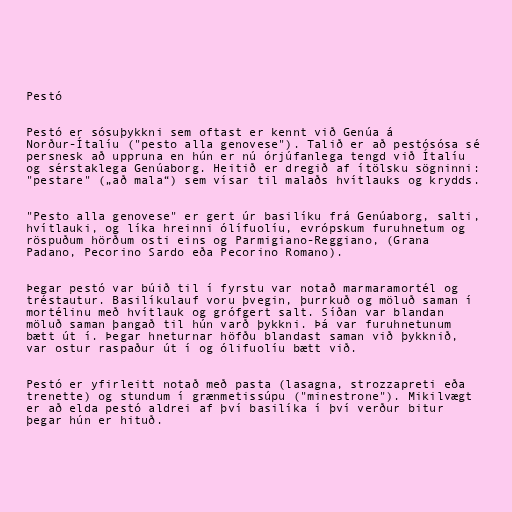
Pestó

Pestó er sósuþykkni sem oftast er kennt við Genúa á
Norður-Ítalíu ("pesto alla genovese"). Talið er að pestósósa sé
persnesk að uppruna en hún er nú órjúfanlega tengd við Ítalíu
og sérstaklega Genúaborg. Heitið er dregið af ítölsku sögninni:
"pestare" („að mala“) sem vísar til malaðs hvítlauks og krydds.

"Pesto alla genovese" er gert úr basilíku frá Genúaborg, salti,
hvítlauki, og líka hreinni ólífuolíu, evrópskum furuhnetum og
röspuðum hörðum osti eins og Parmigiano-Reggiano, (Grana
Padano, Pecorino Sardo eða Pecorino Romano).

Þegar pestó var búið til í fyrstu var notað marmaramortél og
tréstautur. Basilíkulauf voru þvegin, þurrkuð og möluð saman í
mortélinu með hvítlauk og grófgert salt. Síðan var blandan
möluð saman þangað til hún varð þykkni. Þá var furuhnetunum
bætt út í. Þegar hneturnar höfðu blandast saman við þykknið,
var ostur raspaður út í og ólifuolíu bætt við.

Pestó er yfirleitt notað með pasta (lasagna, strozzapreti eða
trenette) og stundum í grænmetissúpu ("minestrone"). Mikilvægt
er að elda pestó aldrei af því basilíka í því verður bitur
þegar hún er hituð.